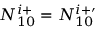
N _ { 1 0 } ^ { i + } = N _ { 1 0 } ^ { i + \prime }